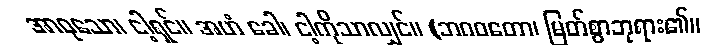
အာဝုသော၊ ငါ့ရှင်။ အဟံ ခေါ၊ ငါ့ကိုသာလျှင်။ (ဘဂဝတော၊ မြတ်စွာဘုရား၏။